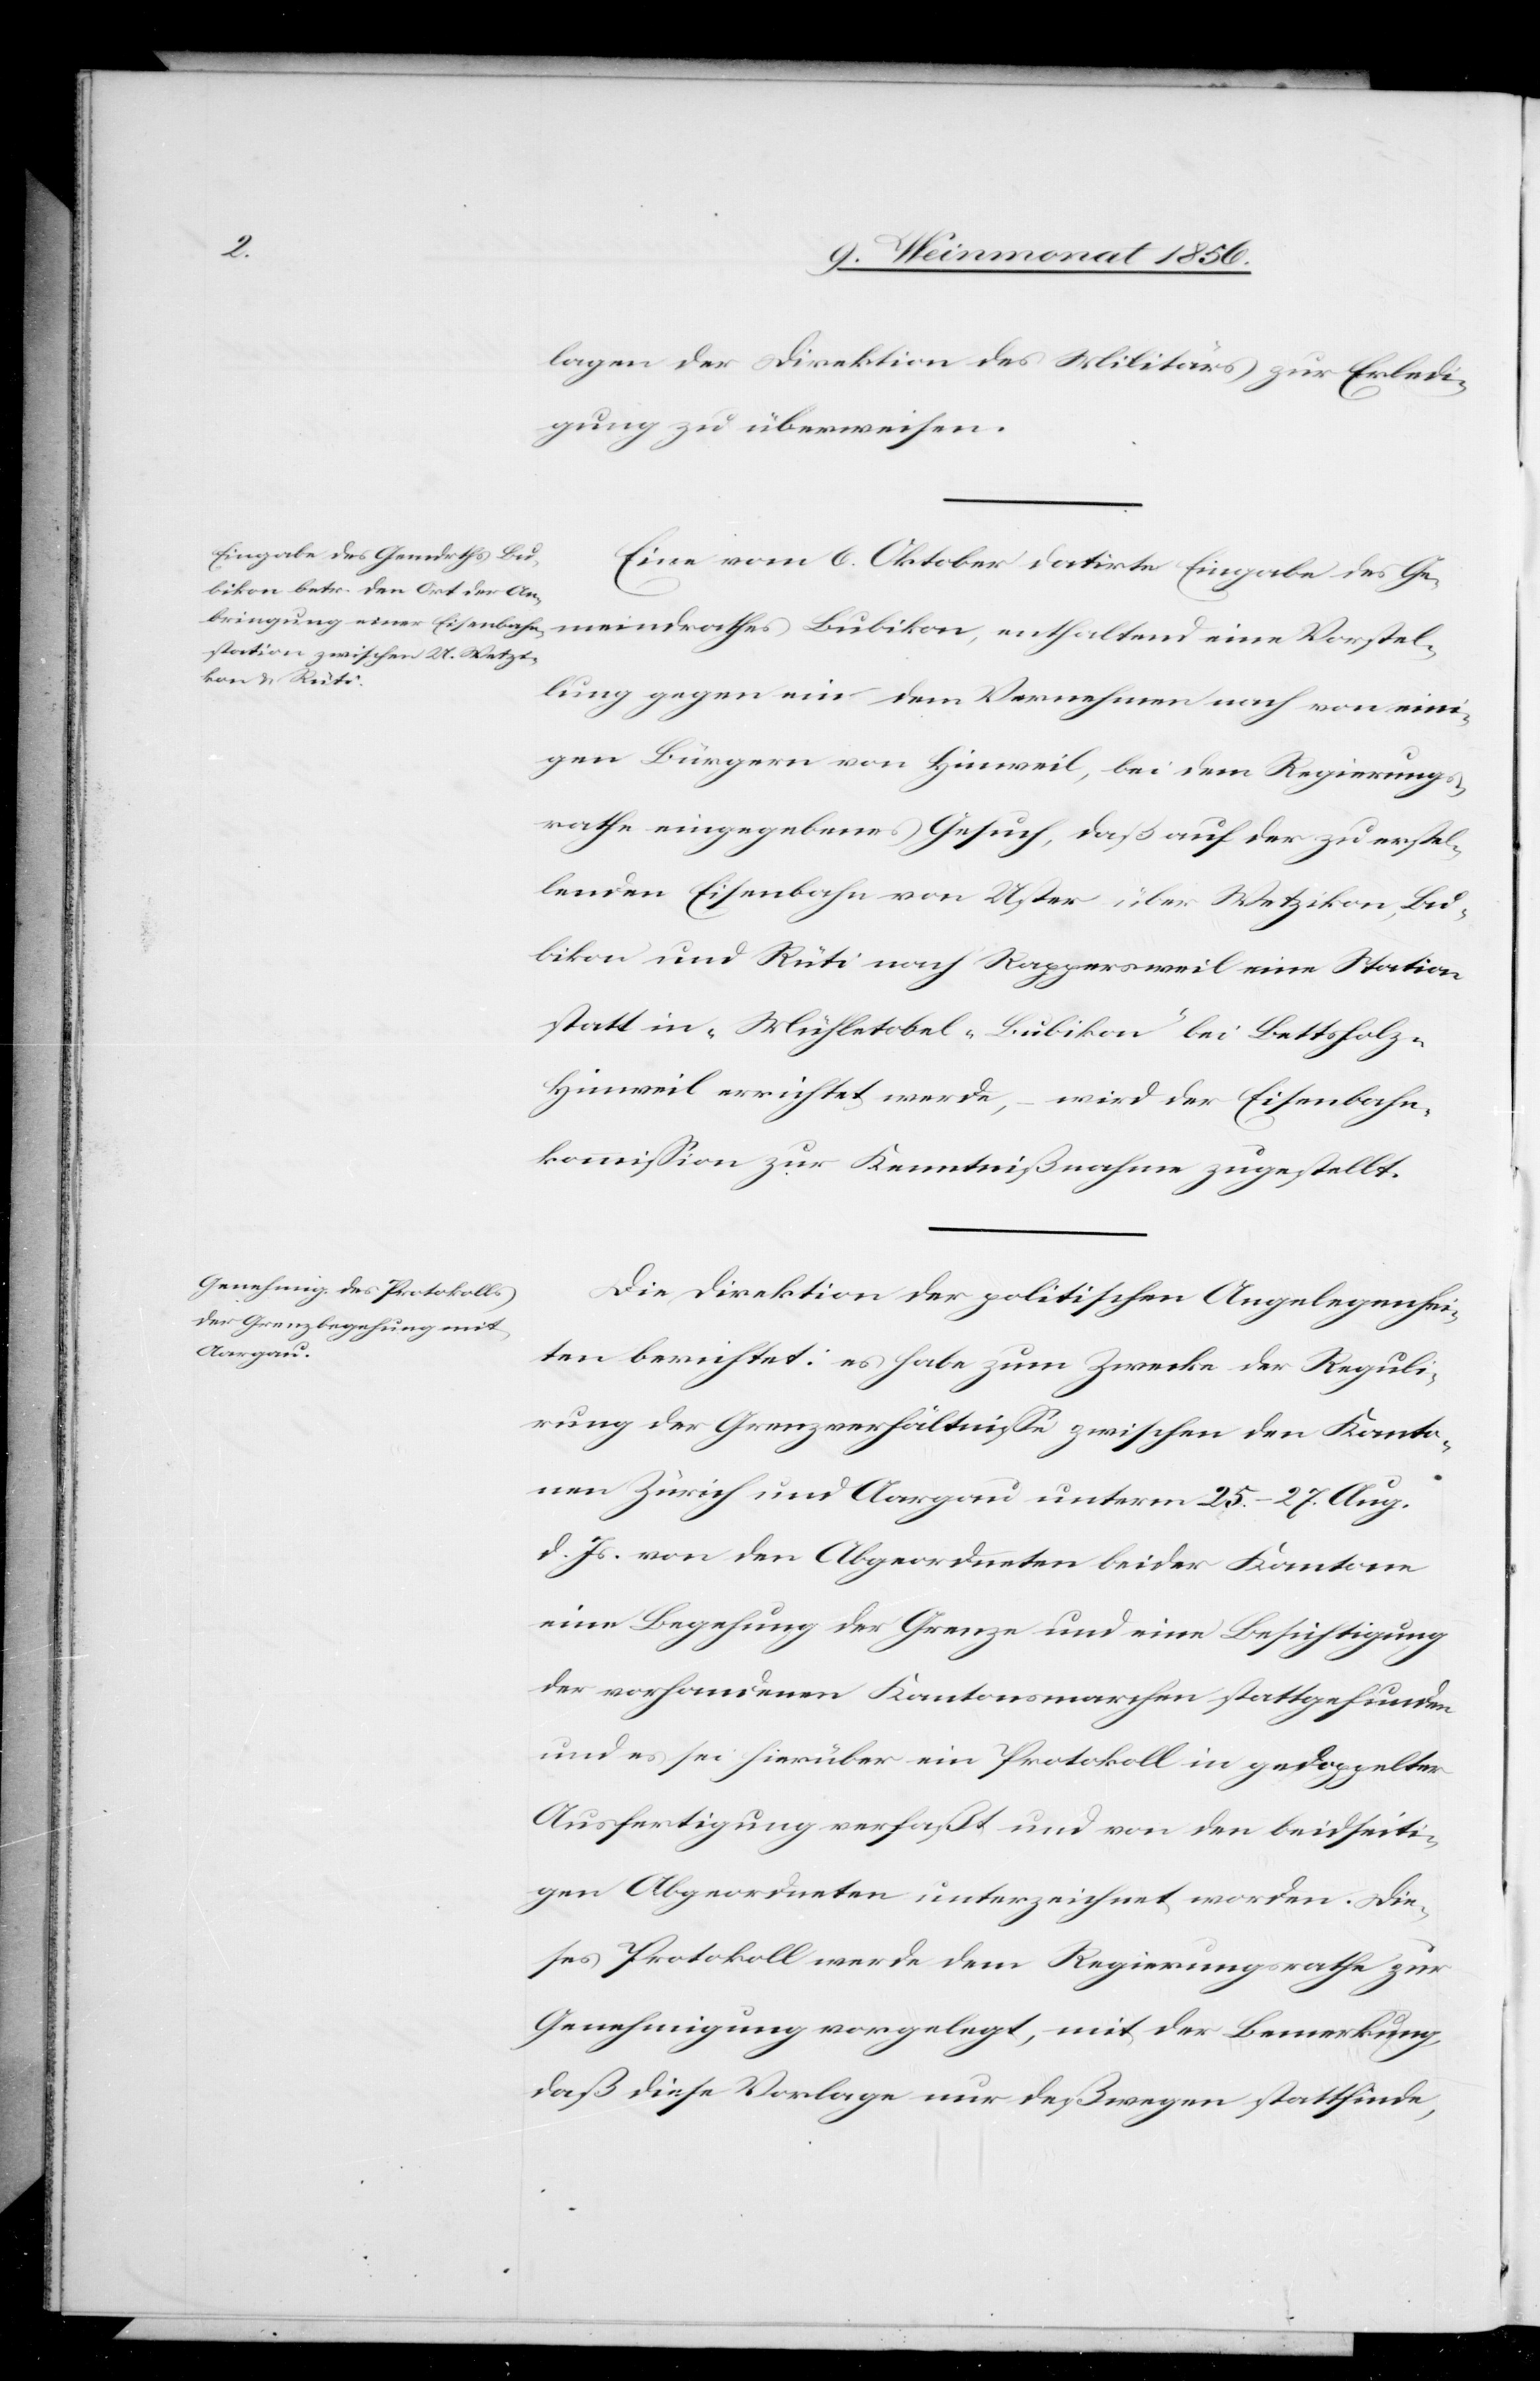
lagen der Direktion des Militärs zur Erledi¬
gung zu überweisen.
Eine vom 6. Oktober datirte Eingabe des Ge¬
meindrathes Bubikon, enthaltend eine Vorstel¬
lung gegen ein dem Vernehmen nach von eini¬
gen Bürgern von Hinweil, bei dem Regierungs¬
rathe eingegebenes Gesuch, daß auf der zu erstel¬
lenden Eisenbahn von Uster über Wetzikon, Bu¬
bikon und Rüti nach Rappersweil eine Station
statt in „Mühletobel-Bubikon” bei Bettsholz-H¬
inweil errichtet werde, – wird der Eisenbahn¬
kommission zur Kenntnißnahme zugestellt.
Die Direktion der politischen Angelegenhei¬
ten berichtet: es habe zum Zwecke der Reguli¬
rung der Grenzverhältnisse zwischen den Kanto¬
nen Zürich und Aargau unterm 25.–27. Aug.
d. Js. von den Abgeordneten beider Kantone
eine Begehung der Grenze und eine Besichtigung
der vorhandenen Kantonsmarchen stattgefunden
und es sei hierüber ein Protokoll in gedoppelter
Ausfertigung verfaßt und von den beidseiti¬
gen Abgeordneten unterzeichnet worden. Die¬
ses Protokoll werde dem Regierungsrathe zur
Genehmigung vorgelegt, mit der Bemerkung,
daß diese Vorlage nur deßwegen stattfinde,